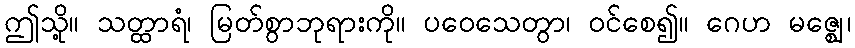
ဤသို့။ သတ္ထာရံ၊ မြတ်စွာဘုရားကို။ ပဝေသေတွာ၊ ဝင်စေ၍။ ဂေဟ မဇ္ဈေ၊